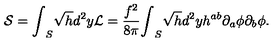
{ \cal S } = { \int } _ { S } \sqrt { h } d ^ { 2 } y { \cal L } = \frac { f ^ { 2 } } { 8 { \pi } } { \int } _ { S } \sqrt { h } d ^ { 2 } y h ^ { a b } { \partial } _ { a } { \phi } { \partial } _ { b } { \phi } .